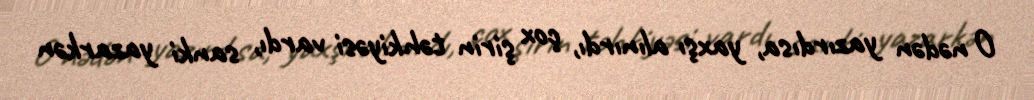
O nədən yazırdısa, yaxşı alınırdı, çox şirin təhkiyəsi vardı, sanki yazarkən